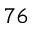
^ { 7 6 }